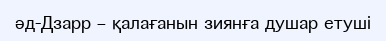
әд-Дзарр – қалағанын зиянға душар етуші